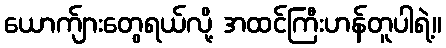
ယောက်ျားတွေရယ်လို့ အထင်ကြီးဟန်တူပါရဲ့။